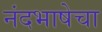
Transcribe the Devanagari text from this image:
नंदभाषेचा